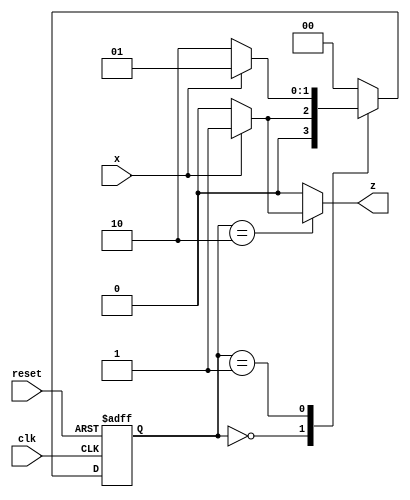
module mealy_no (output reg z, input wire x, clk, reset);

	reg [1:0] current_state, next_state;
	parameter a = 2'b00, b = 2'b01, c = 2'b10;

	// State Memory
	always@ (posedge clk or negedge reset)
	begin
		if (!reset)
			current_state <= a;
		else
			current_state <= next_state;
	end

	// Next State Logic
	always@ (current_state or x)
	begin
		case(current_state)
			a: if(x == 1'b1) next_state = b; else next_state = a;
			b: if(x == 1'b1) next_state = b; else next_state = c;
			c: if(x == 1'b1) next_state = a; else next_state = a;
			default: next_state = a;
		endcase
	end

	// Output Logic
	always@ (current_state or x)
	begin
		case(current_state)
			a: if(x == 1'b1) z = 1'b0; else z = 1'b0;
			b: if(x == 1'b1) z = 1'b0; else z = 1'b0;
			c: if(x == 1'b1) z = 1'b1; else z = 1'b0;
			default: z = 1'b0;
		endcase
	end
endmodule